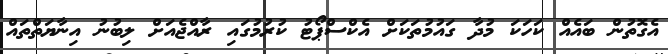
އެގޮތުން ބައެއް ކަހަކަ މުދާ ގައުމުތަކަށް އެކްސްޕޯޓު ކުރުމުގައި ރާއްޖެއަށް ލިބުނު އިނާޔަތްތައް